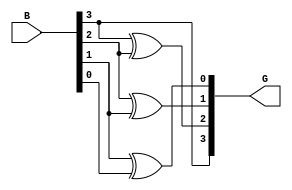
module gray_code_encoder #(parameter N = 4) (
    input  wire [N-1:0] B, // n-bit binary input
    output wire [N-1:0] G  // n-bit Gray code output
);

// Assign Gray code output based on the encoding logic
assign G[N-1] = B[N-1];                      // MSB remains the same
genvar i;
generate
    for (i = N-2; i >= 0; i = i - 1) begin : gray_code_logic
        assign G[i] = B[i+1] ^ B[i];          // XOR of current and previous bits
    end
endgenerate

endmodule